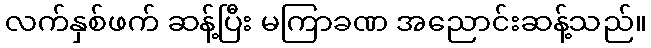
လက်နှစ်ဖက် ဆန့်ပြီး မကြာခဏ အညောင်းဆန့်သည်။